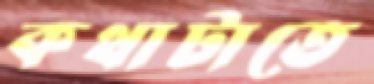
কথাটাতে